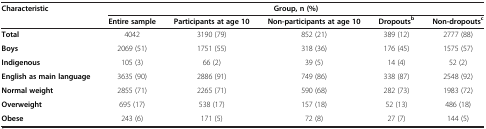
| <ROWSPAN=2> Characteristic | <COLSPAN=5> Group, n (%) |
 | Entire sample | Participants at age 10 | Non-participants at age 10 | Dropoutsb | Non-dropoutsc |
 | --- | --- | --- | --- | --- | --- |
 | Total | 4042 | 3190 (79) | 852 (21) | 389 (12) | 2777 (88) |
 | Boys | 2069 (51) | 1751 (55) | 318 (36) | 176 (45) | 1575 (57) |
 | Indigenous | 105 (3) | 66 (2) | 39 (5) | 14 (4) | 52 (2) |
 | English as main language | 3635 (90) | 2886 (91) | 749 (86) | 338 (87) | 2548 (92) |
 | Normal weight | 2855 (71) | 2265 (71) | 590 (68) | 282 (73) | 1983 (72) |
 | Overweight | 695 (17) | 538 (17) | 157 (18) | 52 (13) | 486 (18) |
 | Obese | 243 (6) | 171 (5) | 72 (8) | 27 (7) | 144 (5) |